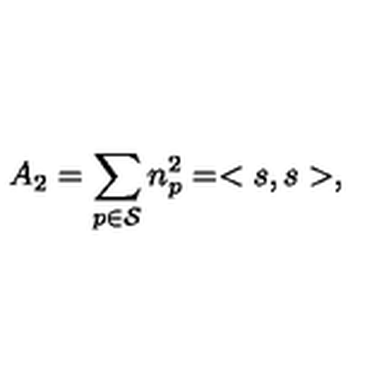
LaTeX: A _ { 2 } = \sum _ { p \in { \cal S } } n _ { p } ^ { 2 } = < s , s > ,